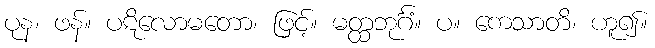
ပုန၊ ဖန်။ ပဋိလောမတော၊ ဖြင့်။ မတ္ထဘုင်္ဂံ။ ပ။ ကေသာတိ၊ ဟူ၍။